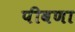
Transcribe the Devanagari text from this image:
पीवणा